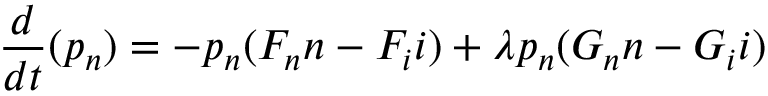
\frac { d } { d t } ( p _ { n } ) = - p _ { n } ( F _ { n } n - F _ { i } i ) + \lambda p _ { n } ( G _ { n } n - G _ { i } i )